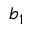
b _ { 1 }